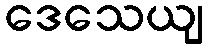
ဒေသေယျ